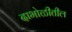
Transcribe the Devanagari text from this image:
दाभोळीतील